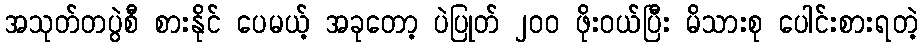
အသုတ်တပွဲစီ စားနိုင် ပေမယ့် အခုတော့ ပဲပြုတ် ၂၀၀ ဖိုးဝယ်ပြီး မိသားစု ပေါင်းစားရတဲ့